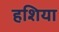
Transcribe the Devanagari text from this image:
हशिया